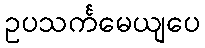
ဥပသင်္ကမေယျပေ